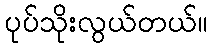
ပုပ်သိုးလွယ်တယ်။